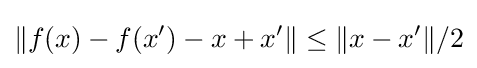
\|f(x)-f(x^{\prime })-x+x^{\prime }\|\leq \|x-x^{\prime }\|/2